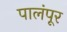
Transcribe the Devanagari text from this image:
पालंपूर